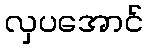
လှပအောင်